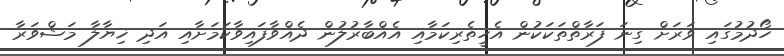
ހޯދުމުގައި ވަރަށް ގިނަ ފަރާތްތަކަކުން އެހީތެރިކަމާއި އެއްބާރުލުން ދެއްވާފައިވާކަމަށާއި އަދި ޚިޔާލާ މަޝްވަރާ